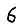
Digit: 6